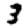
Digit: 3